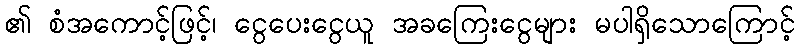
၏ စံအကောင့်ဖြင့်၊ ငွေပေးငွေယူ အခကြေးငွေများ မပါရှိသောကြောင့်